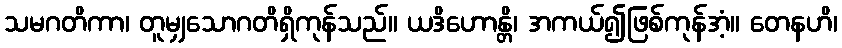
သမဂတိကာ၊ တူမျှသောဂတိရှိကုန်သည်။ ယဒိဟောန္တိ၊ အကယ်၍ဖြစ်ကုန်အံ့။ တေနဟိ၊